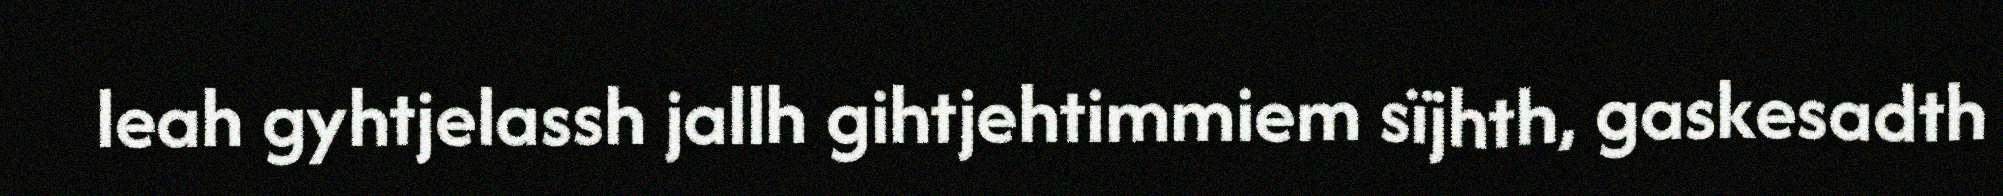
leah gyhtjelassh jallh gihtjehtimmiem sïjhth, gaskesadth